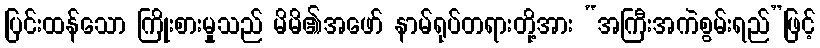
ပြင်းထန်သော ကြိုးစားမှုသည် မိမိ၏အဖော် နာမ်ရုပ်တရားတို့အား “အကြီးအကဲစွမ်းရည်”ဖြင့်